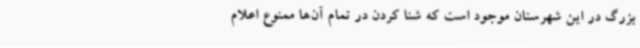
بزرگ در این شهرستان موجود است که شنا کردن در تمام آن‌ها ممنوع اعلام